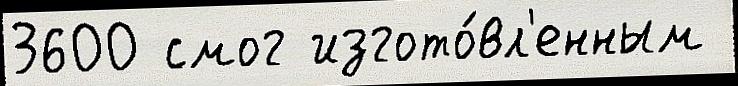
3600 смог изгото́вл'енным